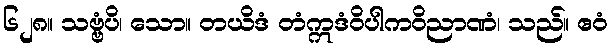
၆၂၈။ သဗ္ဗံပိ၊ သော။ တယိဒံ တံဣဒံဝိပါကဝိညာဏံ၊ သည်။ ဧဝံ